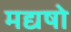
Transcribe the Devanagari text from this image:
मद्यषो